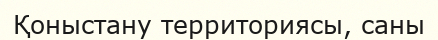
Қоныстану территориясы, саны